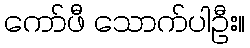
ကော်ဖီ သောက်ပါဦး။